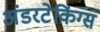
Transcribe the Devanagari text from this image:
अंडरटेकिंग्स